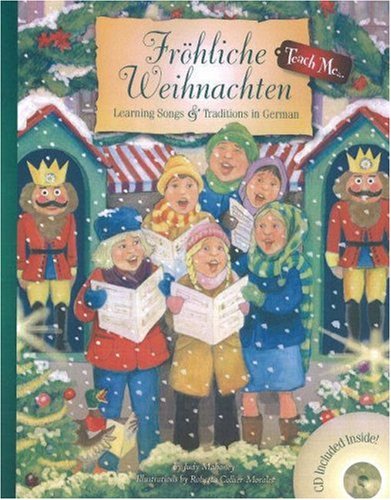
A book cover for Frohliche Weihnachten: Learning Songs & Traditions in German Book & Audio CD (Teach Me) (Teach Me Series) (German Edition); Teen & Young Adult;